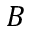
B